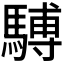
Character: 𫘒